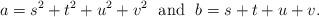
LaTeX: \begin{align*}a=s^2+t^2+u^2+v^2\ \ \mbox{and}\ \ b=s+t+u+v.\end{align*}